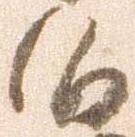
候